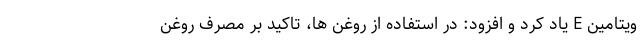
ویتامین E یاد کرد و افزود: در استفاده از روغن ها، تاکید بر مصرف روغن